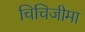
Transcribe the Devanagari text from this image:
चिचिजीमा